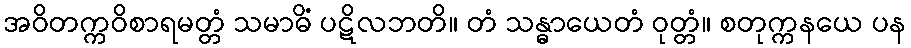
အဝိတက္ကဝိစာရမတ္တံ သမာဓိံ ပဋိလဘတိ။ တံ သန္ဓာယေတံ ဝုတ္တံ။ စတုက္ကနယေ ပန